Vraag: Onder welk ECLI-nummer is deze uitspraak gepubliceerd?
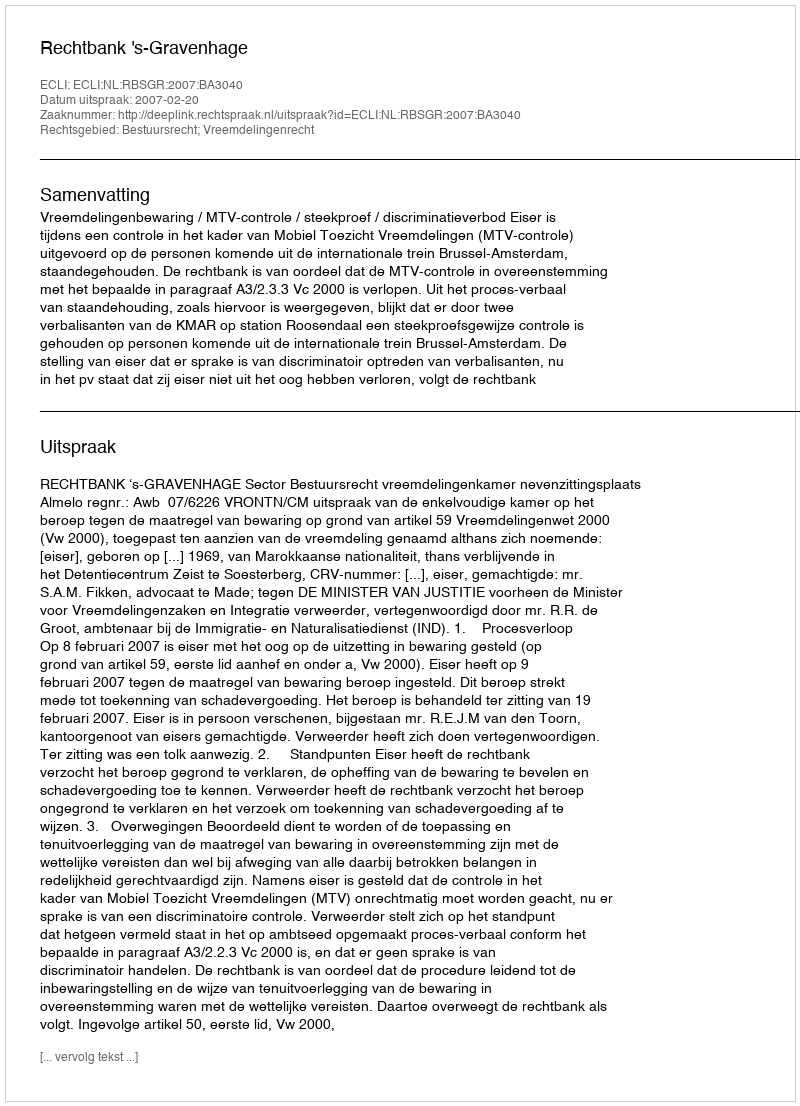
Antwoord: ECLI:NL:RBSGR:2007:BA3040